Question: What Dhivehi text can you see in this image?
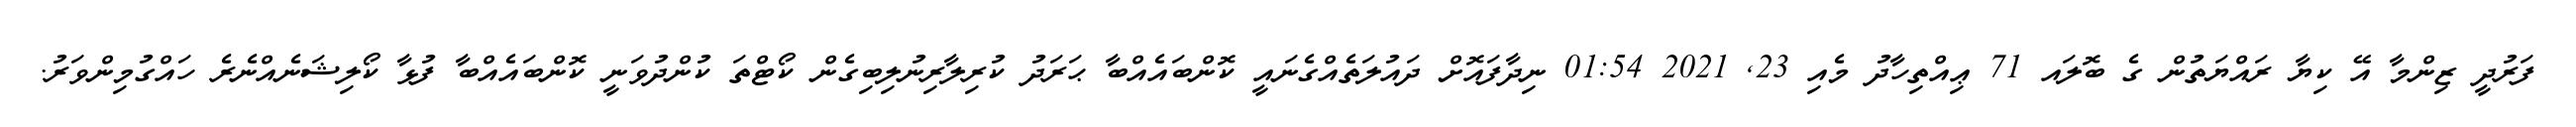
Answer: ފަރުދީ ޒިންމާ އޭ ކިޔާ ރައްޔަތުން ގެ ބޮލައ 71 ޢިއްތިހާދު މެއި 23, 2021 01:54 ނިދާފައޮށް ދައުލަތެއްގެނައީ ކޮންބައެއްބާ ޙަރަދު ކުރިލާރިނުލިބިގެން ކޯޓްތަ ކުންދުވަނީ ކޮންބައެއްބާ ފުޅާ ކޯލިޝަނެއްނެރެ ހައްގުމިންވަރު.